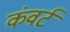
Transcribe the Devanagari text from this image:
कंवर्ट